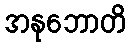
အနုဘောတိ